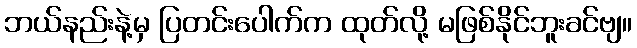
ဘယ်နည်းနဲ့မှ ပြတင်းပေါက်က ထုတ်လို့ မဖြစ်နိုင်ဘူးခင်ဗျ။